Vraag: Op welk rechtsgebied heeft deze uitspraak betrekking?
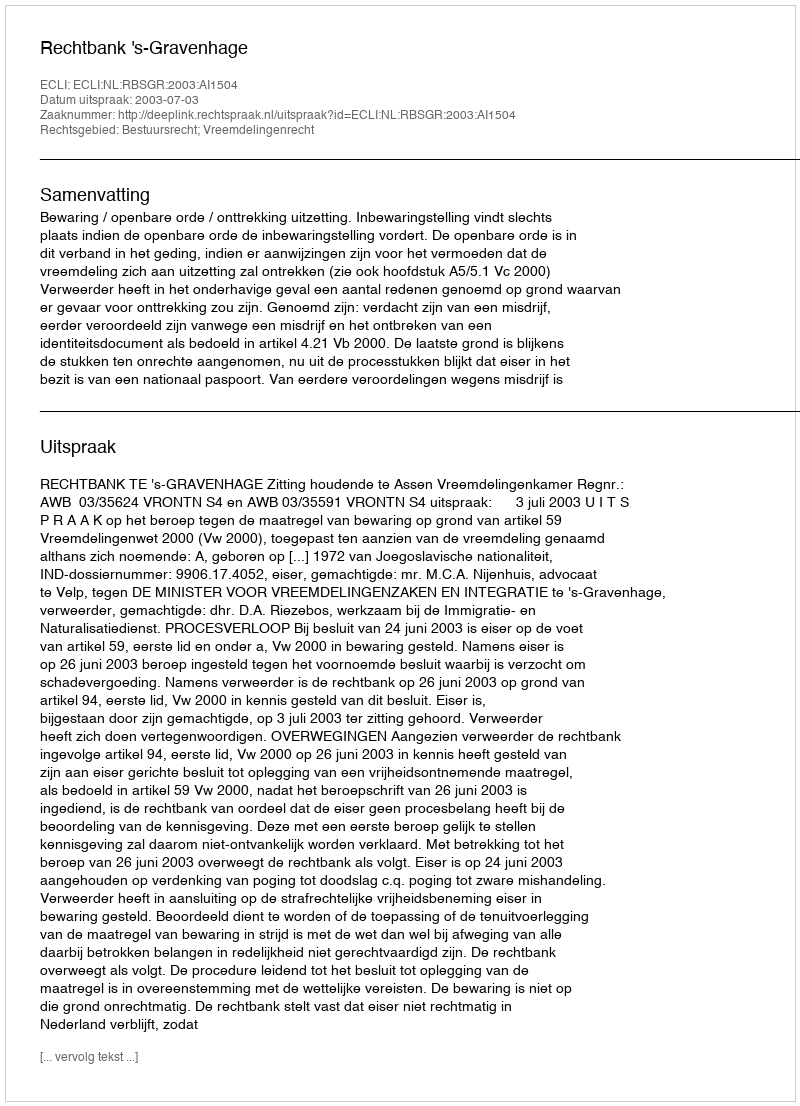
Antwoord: Bestuursrecht; Vreemdelingenrecht